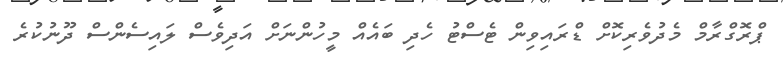
ޕްރޮގްރާމް މެދުވެރިކޮށް ޑްރައިވިން ޓެސްޓު ހެދި ބައެއް މީހުންނަށް އަދިވެސް ލައިސެންސް ދޫނުކުރެ